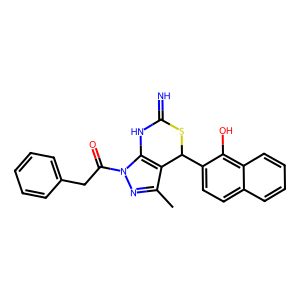
SMILES: Cc1nn(C(=O)Cc2ccccc2)c2c1C(c1ccc3ccccc3c1O)SC(=N)N2
Inhibits HIV replication: No